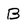
Character: B